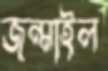
জন্মাইল